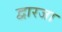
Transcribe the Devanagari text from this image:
द्वारजा